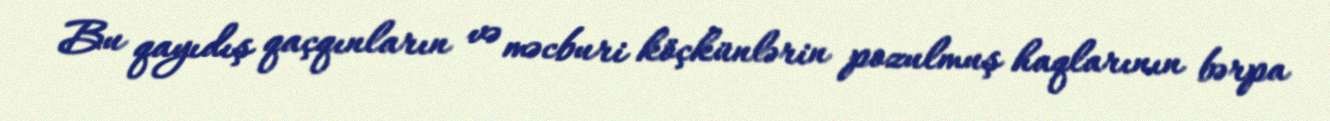
Bu qayıdış qaçqınların və məcburi köçkünlərin pozulmuş haqlarının bərpa